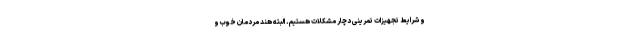
و شرایط تجهیزات تمرینی دچار مشکلات هستیم. البته هند مردمان خوب و